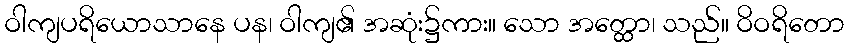
ဝါကျပရိယောသာနေ ပန၊ ဝါကျ၏ အဆုံး၌ကား။ သော အတ္ထော၊ သည်။ ဝိဝရိတော